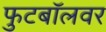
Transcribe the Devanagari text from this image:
फुटबॉलवर